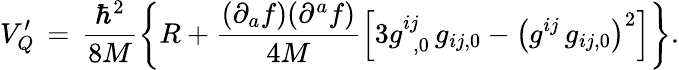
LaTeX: V_{Q}^{\prime}\, =\, \frac{{\hbar}^{2}}{8M}\left\{ R+\frac{(\partial_{a}f)(\partial^{a}f)}{4M}\left[3g_{\phantom{0},0}^{ij}\, g_{ij,0}-{\left(g^{ij}\, g_{ij,0}\right)}^{2}\right]\right\} .